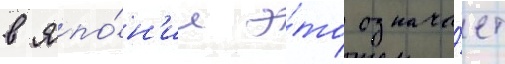
в япо́н'ии э́то означа́ет